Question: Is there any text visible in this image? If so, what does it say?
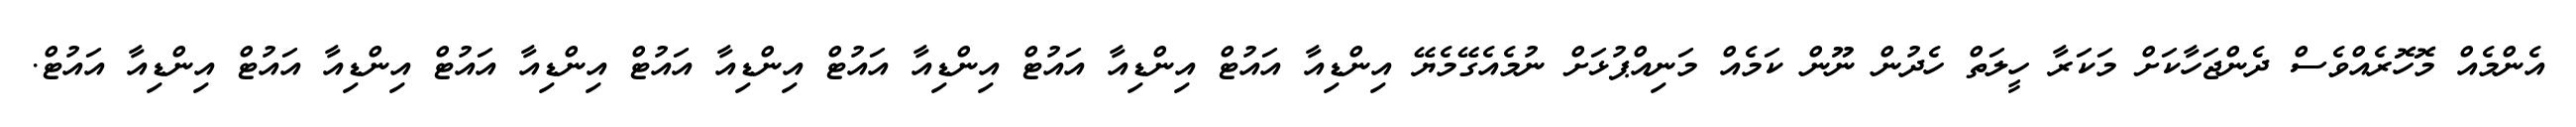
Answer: އެންމެއް މޮހޮރެއްވެސް ދެންޖަހާކަށް މަކަރާ ހީލަތް ހެދުން ނޫން ކަމެއް މަނިއްޕުޅަށް ނުމެއެގޭމެޔޭ އިންޑިއާ އައުޓް އިންޑިއާ އައުޓް އިންޑިއާ އައުޓް އިންޑިއާ އައުޓް އިންޑިއާ އައުޓް އިންޑިއާ އައުޓް އިންޑިއާ އައުޓް.